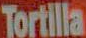
Tortilla